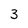
Character: 3